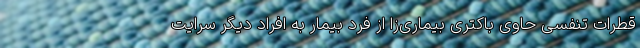
قطرات تنفسی حاوی باکتری بیماری‌زا از فرد بیمار به افراد دیگر سرایت